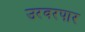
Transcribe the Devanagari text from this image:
उरवरपार